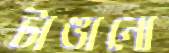
টাঙানো